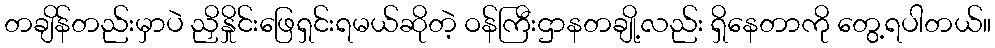
တချိန်တည်းမှာပဲ ညှိနှိုင်းဖြေရှင်းရမယ်ဆိုတဲ့ ဝန်ကြီးဌာနတချို့လည်း ရှိနေတာကို တွေ့ရပါတယ်။